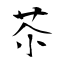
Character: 苶